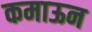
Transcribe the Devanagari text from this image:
कमाऊन